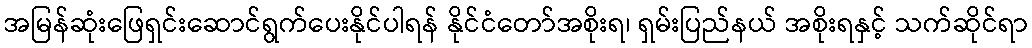
အမြန်ဆုံးဖြေရှင်းဆောင်ရွက်ပေးနိုင်ပါရန် နိုင်ငံတော်အစိုးရ၊ ရှမ်းပြည်နယ် အစိုးရနှင့် သက်ဆိုင်ရာ